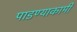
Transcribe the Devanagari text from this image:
पाडण्याकामी